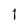
Character: 1